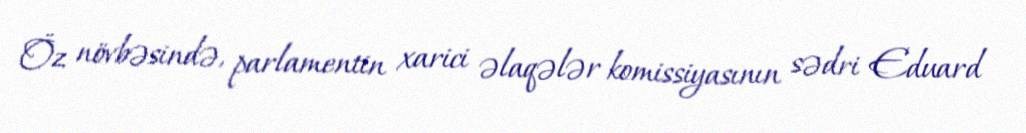
Öz növbəsində, parlamentin xarici əlaqələr komissiyasının sədri Eduard